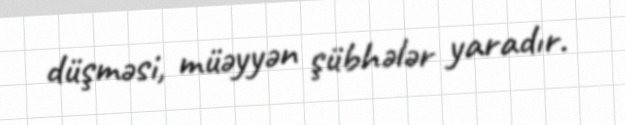
düşməsi, müəyyən şübhələr yaradır.